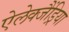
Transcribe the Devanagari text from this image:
ऐलेक्जैंड्रिया